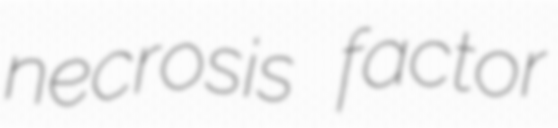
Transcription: necrosis factor